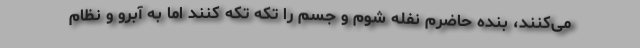
می‌کنند، بنده حاضرم نفله شوم و جسم را تکه تکه کنند اما به آبرو و نظام